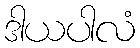
ဒါယပါလံ